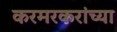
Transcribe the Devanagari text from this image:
करमरकरांच्या